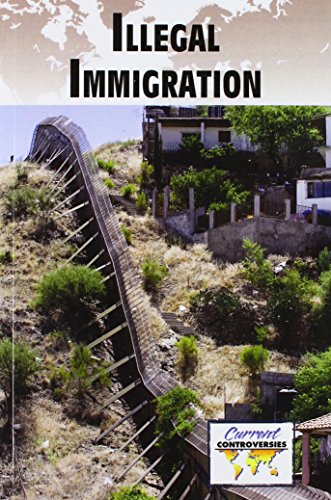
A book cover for Illegal Immigration (Current Controversies); Noel Merino; Teen & Young Adult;